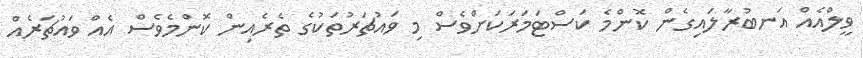
ވީލްއެއް އަނބުރާލައިގެން ކޮންމެ ކަސްޓަމަރަކަށްވެސް މި ވައުޗަރުތަކުގެ ތެރެއިން ކޮންމެވެސް އެއް ވައުޗަރެއް